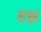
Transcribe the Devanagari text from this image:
डझ